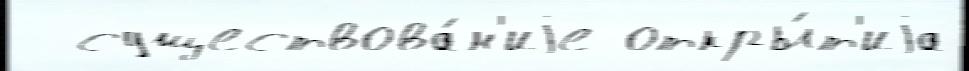
  существова́н'иjе откры́т'иjа